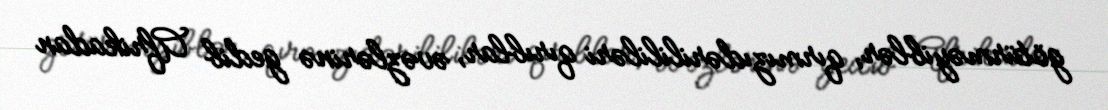
götürməyiblər, qırmızıdərilililəri qırıblar, əvəzlərinə gedib Afrikadan